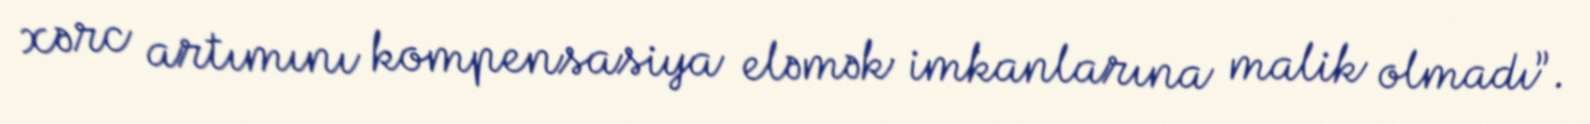
xərc artımını kompensasiya eləmək imkanlarına malik olmadı”.